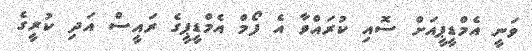
ވަނީ އެމްޑީޕީއަށް ސޮއި ކުރައްވާ އެ ފޯމް އެމްޑީޕީގެ ރައީސް އަދި ކުރީގެ